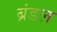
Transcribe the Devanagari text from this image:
ब्रंडल